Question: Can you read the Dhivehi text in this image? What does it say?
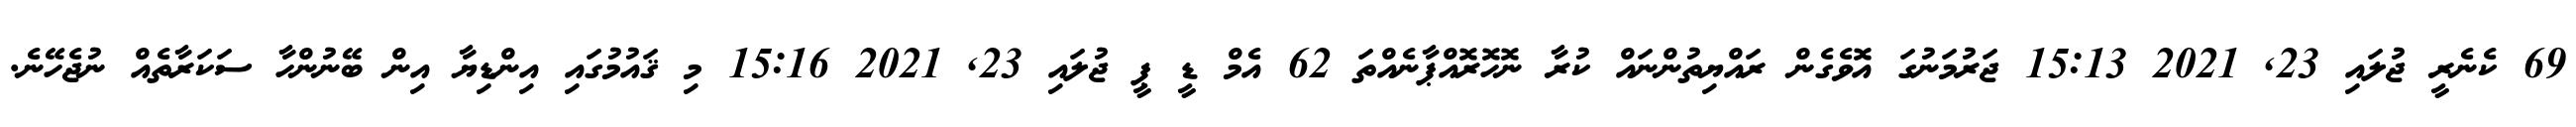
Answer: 69 ކެނެރީ ޖުލައި 23, 2021 15:13 ޖަރުމަނުގަ އޮވެގެން ރައްޔިތުންނައް ކުރާ ނޮހޮރޮއްޕާނެއްތަ 62 އެމް ޑީ ޕީ ޖުލައި 23, 2021 15:16 މި ޤައުމުގައި އިންޑިޔާ އިން ބޭނުންހާ ސަކަރާތެއް ނުޖެހޭނެ.